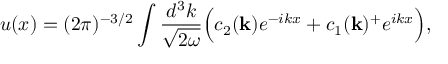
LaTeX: u ( x ) = ( 2 \pi ) ^ { - 3 / 2 } \int \frac { d ^ { 3 } k } { \sqrt { 2 \omega } } \Bigl ( c _ { 2 } ( { \bf { k } } ) e ^ { - i k x } + c _ { 1 } ( { \bf { k } } ) ^ { + } e ^ { i k x } \Bigr ) ,